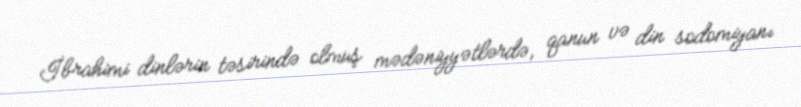
İbrahimi dinlərin təsirində olmuş mədəniyyətlərdə, qanun və din sodomiyanı